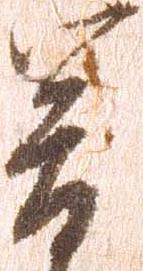
宿